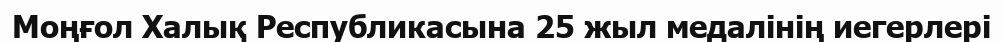
Моңғол Халық Республикасына 25 жыл медалінің иегерлері